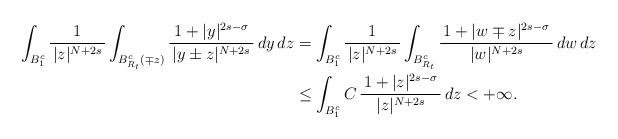
LaTeX: \begin{align*}\int_{B_1^c}\frac1{\, |z|^{N+2s} \,}\int_{B^c_{R_t}(\mp z)}\frac{\, 1+|y|^{2s-\sigma} \,}{\, |y\pm z|^{N+2s} \,}\,dy\,dz &= \int_{B_1^c}\frac1{\, |z|^{N+2s} \,}\int_{B^c_{R_t}}\frac{\, 1+|w\mp z|^{2s-\sigma} \,}{|w|^{N+2s}}\,dw\,dz \\&\le \int_{B_1^c} C \, \frac{\, 1+|z|^{2s-\sigma} \,}{|z|^{N+2s}}\,dz < +\infty.\end{align*}